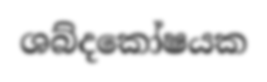
ශබ්දකෝෂයක